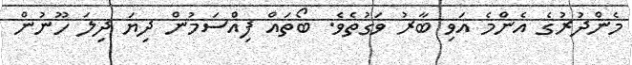
މެންދުރުގެ އެންމެ އަވި ބާރު ވަގުތެވެ. ބޯތައް ފިއްސަމުން ދިޔަ ދިލަ ހޫނުން